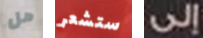
هل ستشعر إلى